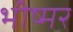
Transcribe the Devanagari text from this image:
भीष्मर